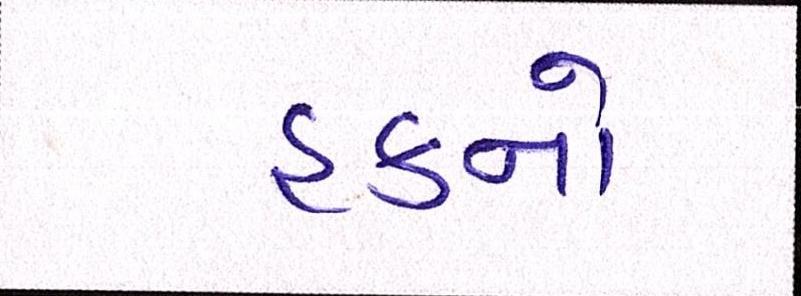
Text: હકનો